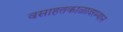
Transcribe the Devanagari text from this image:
वसाहतकाळादरम्यान